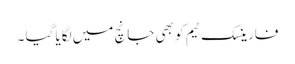
فارینسک ٹیم کو بھی جانچ میں لگایا گیا ۔